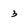
Character: 3